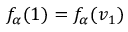
f _ { \alpha } ( 1 ) = f _ { \alpha } ( \boldsymbol { v } _ { 1 } )